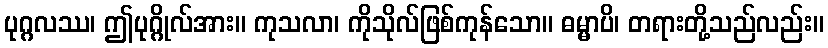
ပုဂ္ဂလဿ၊ ဤပုဂ္ဂိုလ်အား။ ကုသလာ၊ ကိုသိုလ်ဖြစ်ကုန်သော။ ဓမ္မာပိ၊ တရားတို့သည်လည်း။